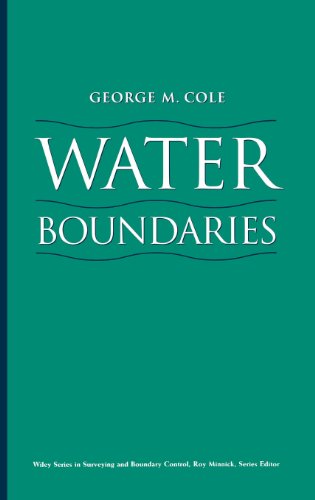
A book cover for Water Boundaries; George M. Cole; Law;